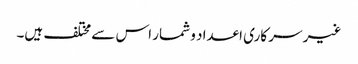
غیر سر کاری اعداد و شمار اس سے مختلف ہیں۔